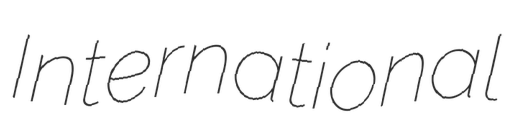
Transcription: International